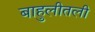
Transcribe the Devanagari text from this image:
बाहुलीतली